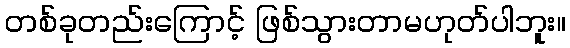
တစ်ခုတည်းကြောင့် ဖြစ်သွားတာမဟုတ်ပါဘူး။